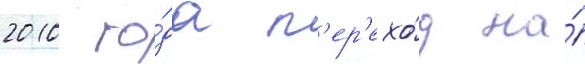
2010 го́да п'ер'ехо́д на́